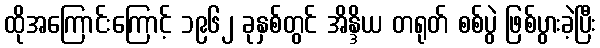
ထိုအကြောင်းကြောင့် ၁၉၆၂ ခုနှစ်တွင် အိန္ဒိယ တရုတ် စစ်ပွဲ ဖြစ်ပွားခဲ့ပြီး